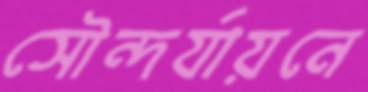
সৌন্দর্যায়নে